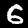
Label: 6